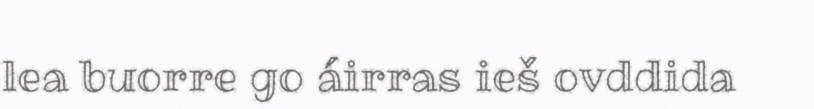
lea buorre go áirras ieš ovddida